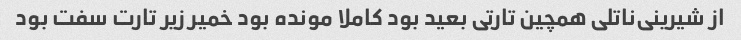
از شیرینی‌ناتلی همچین تارتی بعید بود کاملا مونده بود خمیر زیر تارت سفت بود